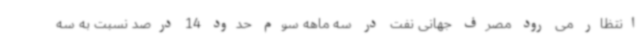
انتظار می رود مصرف جهانی نفت در سه ماهه سوم حدود 14 درصد نسبت به سه